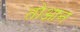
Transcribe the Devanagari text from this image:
तोआन